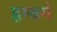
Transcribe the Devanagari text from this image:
हम्बर्ग